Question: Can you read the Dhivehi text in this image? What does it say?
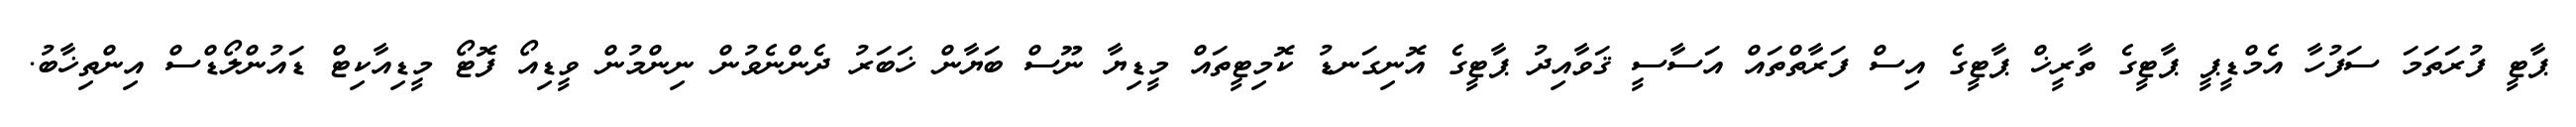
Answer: ޕާޓީ ފުރަތަމަ ސަފުހާ އެމްޑީޕީ ޕާޓީގެ ތާރީޚް ޕާޓީގެ އިސް ފަރާތްތައް އަސާސީ ޤަވާއިދު ޕާޓީގެ އޮނިގަނޑު ކޮމިޓީތައް މީޑިޔާ ނޫސް ބަޔާން ޚަބަރު ދެންނެވުން ނިންމުން ވީޑިއޯ ފޮޓޯ މީޑިއާކިޓް ޑައުންލޯޑްސް އިންތިޚާބު.